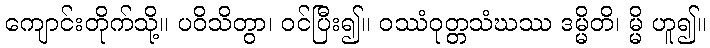
ကျောင်းတိုက်သို့။ ပဝိသိတွာ၊ ဝင်ပြီး၍။ ဝဿံဝုတ္တသံဃဿ ဒမ္မိတိ၊ မ္မိ ဟူ၍။